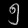
Digit: ၅